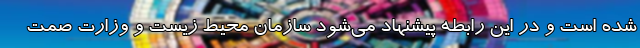
شده است و در این رابطه پیشنهاد می‌شود سازمان محیط زیست و وزارت صمت